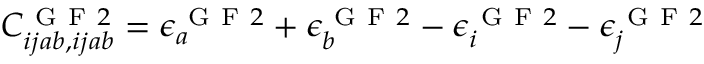
C _ { i j a b , i j a b } ^ { \mathrm { ~ G ~ F ~ } 2 } = \epsilon _ { a } ^ { \mathrm { ~ G ~ F ~ } 2 } + \epsilon _ { b } ^ { \mathrm { ~ G ~ F ~ } 2 } - \epsilon _ { i } ^ { \mathrm { ~ G ~ F ~ } 2 } - \epsilon _ { j } ^ { \mathrm { ~ G ~ F ~ } 2 }